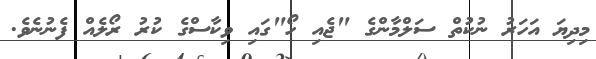
މިދިޔަ އަހަރު ނުކުތް ސަލްމާންގެ "ޖެއި ހޯ"ގައި ވިކާސްގެ ކުރު ރޯލެއް ފެނުނެވެ.